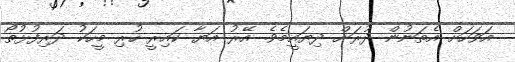
އަވަހަށް އެތަނުން ދުރަށް ދިޔައީމެވެ. އޭރު އަޔާ ކައިރީ ހުރި މީހަކު ދަރިފުޅުތޯ